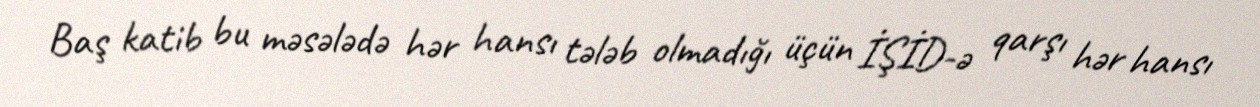
Baş katib bu məsələdə hər hansı tələb olmadığı üçün İŞİD-ə qarşı hər hansı